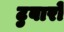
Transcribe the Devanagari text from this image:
टुबारो